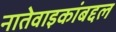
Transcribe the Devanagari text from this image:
नातेवाइकांबद्दल